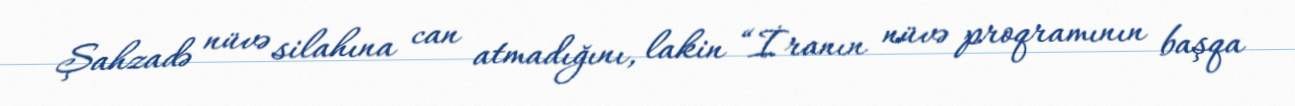
Şahzadə nüvə silahına can atmadığını, lakin “İranın nüvə proqramının başqa